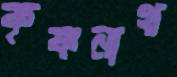
কৃষ্ণনাথ